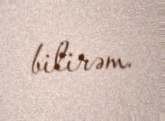
bilirəm.